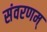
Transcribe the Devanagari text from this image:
संवरणम्